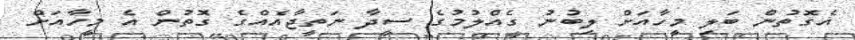
އެގޮތުން ބަލި މީހާއަށް ލިބުނު ގެއްލުމުގެ ސީދާ ނަތީޖާއެއްގެ ގޮތުން އެ މީހާއަށް